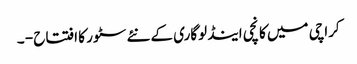
کراچی میں کانچی اینڈ لوگاری کے نئے سٹور کا افتتاح - ۔